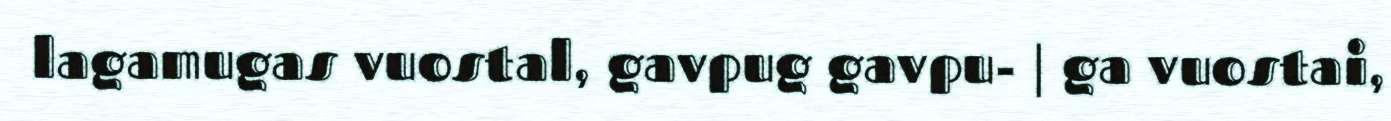
lagamugas vuostal, gavpug gavpu- | ga vuostai,